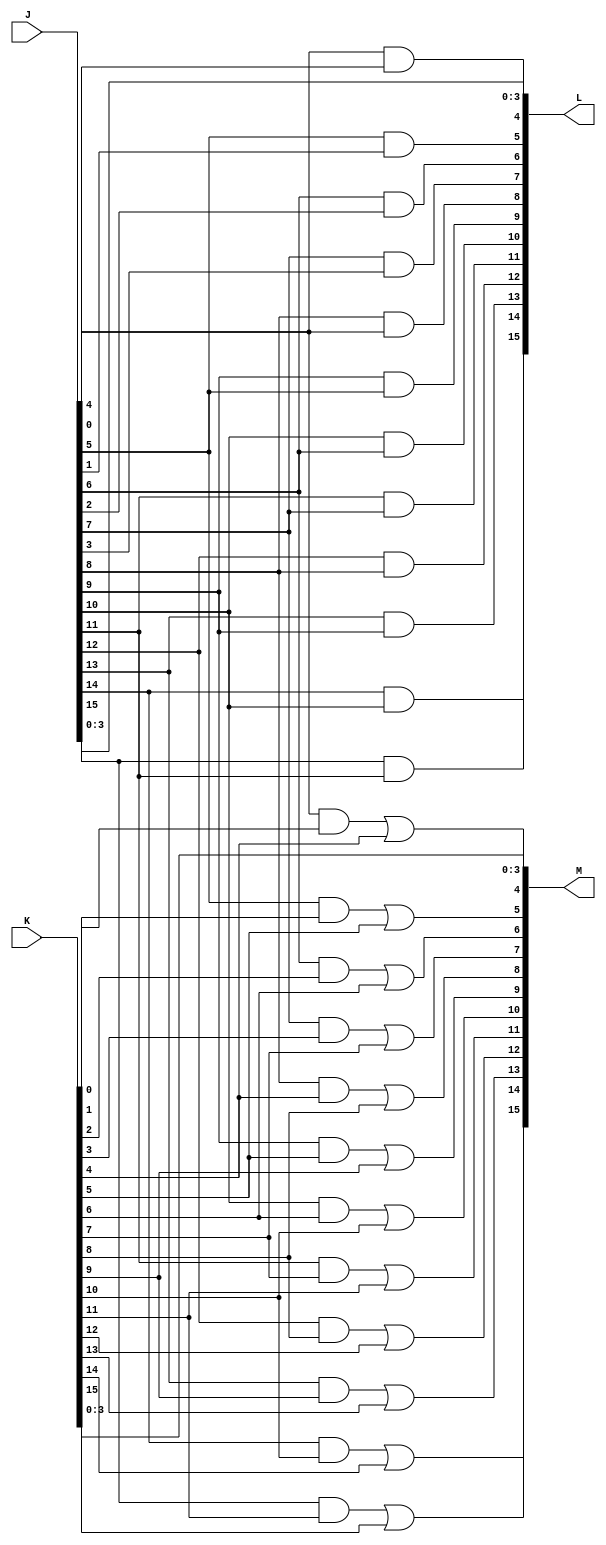


module Layer4(L, M, J, K);

input [15:0] J, K;
output [15:0] L, M;
wire [15:4] T;

assign L[0] = J[0];
assign M[0] = K[0];

assign L[1] = J[1];
assign M[1] = K[1];

assign L[2] = J[2];
assign M[2] = K[2];

assign L[3] = J[3];
assign M[3] = K[3];

and and_4(L[4], J[4], J[0]);
and and_5(L[5], J[5], J[1]);
and and_6(L[6], J[6], J[2]);
and and_7(L[7], J[7], J[3]);
and and_8(L[8], J[8], J[4]);
and and_9(L[9], J[9], J[5]);
and and_10(L[10], J[10], J[6]);
and and_11(L[11], J[11], J[7]);
and and_12(L[12], J[12], J[8]);
and and_13(L[13], J[13], J[9]);
and and_14(L[14], J[14], J[10]);
and and_15(L[15], J[15], J[11]);

and and_19(T[4], J[4], K[0]);
and and_20(T[5], J[5], K[1]);
and and_21(T[6], J[6], K[2]);
and and_22(T[7], J[7], K[3]);
and and_23(T[8], J[8], K[4]);
and and_24(T[9], J[9], K[5]);
and and_25(T[10], J[10], K[6]);
and and_26(T[11], J[11], K[7]);
and and_27(T[12], J[12], K[8]);
and and_28(T[13], J[13], K[9]);
and and_29(T[14], J[14], K[10]);
and and_30(T[15], J[15], K[11]);

or or_4(M[4], T[4], K[4]);
or or_5(M[5], T[5], K[5]);
or or_6(M[6], T[6], K[6]);
or or_7(M[7], T[7], K[7]);
or or_8(M[8], T[8], K[8]);
or or_9(M[9], T[9], K[9]);
or or_10(M[10], T[10], K[10]);
or or_11(M[11], T[11], K[11]);
or or_12(M[12], T[12], K[12]);
or or_13(M[13], T[13], K[13]);
or or_14(M[14], T[14], K[14]);
or or_15(M[15], T[15], K[15]);

endmodule